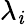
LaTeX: \lambda_{\mathit{i}}